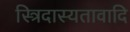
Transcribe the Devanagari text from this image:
स्त्रिदास्यतावादि